Subject: math
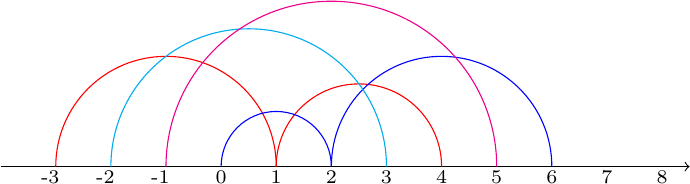
LaTeX code:
		\begin{tikzpicture}[scale=0.7]

             \draw (-3.1, -0.2) node {\scriptsize{-3}};
             \draw (-2.1, -0.2) node {\scriptsize{-2}};
             \draw (-1.1, -0.2) node {\scriptsize{-1}};
            \draw (0, -0.2) node {\scriptsize{0}};
		\draw (1,-0.2) node {\scriptsize{1}};
		\draw (2,-0.2) node {\scriptsize{2}};
		\draw (3,-0.2) node {\scriptsize{3}};
		\draw (4,-0.2) node {\scriptsize{4}};
		\draw (5,-0.2) node {\scriptsize{5}};
		\draw (6,-0.2) node {\scriptsize{6}};
		\draw (7,-0.2) node {\scriptsize{7}};
		\draw (8,-0.2) node {\scriptsize{8}};
		\draw [->] (-4,0)--(8.5,0);
            \draw[color=red] (4,0) arc (0:180:1.5);
            \draw[color=red] (1,0) arc (0:180:2);

            \draw[color=blue] (6,0) arc (0:180:2);
            \draw[color=blue] (2,0) arc (0:180:1);

            \draw[color=cyan] (3,0) arc (0:180:2.5);

            \draw[color=magenta] (5,0) arc (0:180:3);

		\end{tikzpicture}